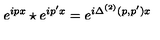
e ^ { i p x } \star e ^ { i p ^ { \prime } x } = e ^ { i \Delta ^ { ( 2 ) } ( p , p ^ { \prime } ) { x } }